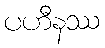
ပဟီနဿ